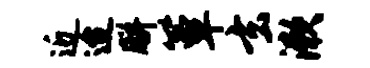
近迨胼簟玄漱